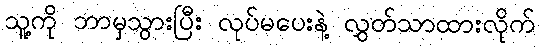
သူ့ကို ဘာမှသွားပြီး လုပ်မပေးနဲ့ လွှတ်သာထားလိုက်